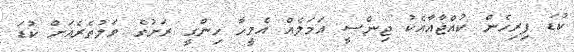
ކުޑަ ފިރިހެން ކުއްޖާއާއެކު ޖިންސީ އަމަލެއް އެމީހާ ހިންގީ ރަށުގެ ވަލުތެރެއަށް ކުޑަ